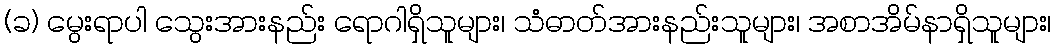
(ခ) မွေးရာပါ သွေးအားနည်း ရောဂါရှိသူများ၊ သံဓာတ်အားနည်းသူများ၊ အစာအိမ်နာရှိသူများ၊